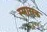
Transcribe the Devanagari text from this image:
स्मासक